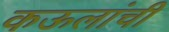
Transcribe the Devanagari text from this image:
कऊलांची